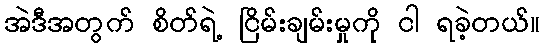
အဲဒီအတွက် စိတ်ရဲ့ ငြိမ်းချမ်းမှုကို ငါ ရခဲ့တယ်။